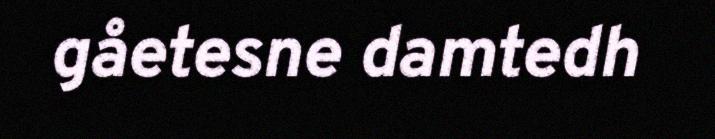
gåetesne damtedh